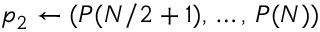
p _ { 2 } \gets ( P ( N / 2 + 1 ) , \, \dots , \, P ( N ) )